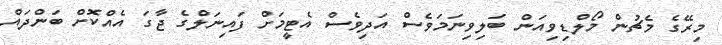
މިރޭގެ މެޗުން މޯލްޑިވިއަން ބަލިވިނަމަވެސް އަދިވެސް އެޓީމަށް ފައިނަލްގެ ޖާގަ އެއްކޮށް ބަންދައް